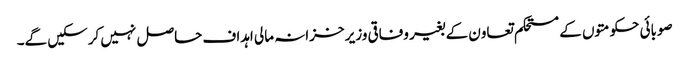
صوبائی حکومتوں کے مستحکم تعاون کے بغیر وفاقی وزیر خزانہ مالی اہداف حاصل نہیں کرسکیں گے۔